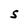
Character: S